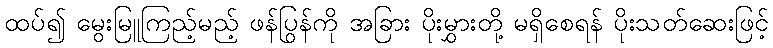
ထပ်၍ မွေးမြူကြည့်မည့် ဖန်ပြွန်ကို အခြား ပိုးမွှားတို့ မရှိစေရန် ပိုးသတ်ဆေးဖြင့်